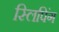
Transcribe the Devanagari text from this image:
स्लिपिंग